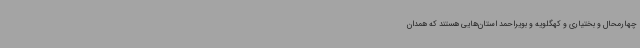
چهارمحال و بختیاری و کهگلویه و بویراحمد استان‌هایی هستند که همدان